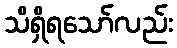
သိရှိရသော်လည်း